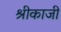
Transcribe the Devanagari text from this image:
श्रीकाजी